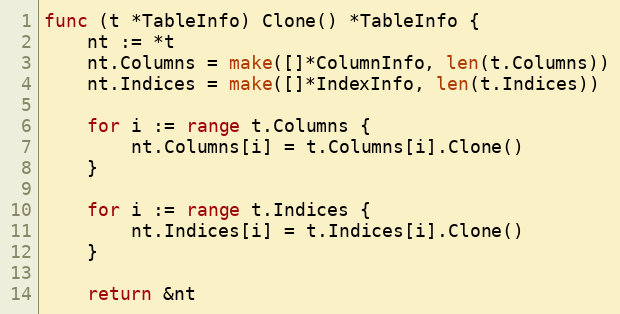
Language: Go
func (t *TableInfo) Clone() *TableInfo {
	nt := *t
	nt.Columns = make([]*ColumnInfo, len(t.Columns))
	nt.Indices = make([]*IndexInfo, len(t.Indices))

	for i := range t.Columns {
		nt.Columns[i] = t.Columns[i].Clone()
	}

	for i := range t.Indices {
		nt.Indices[i] = t.Indices[i].Clone()
	}

	return &nt